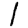
Digit: 1